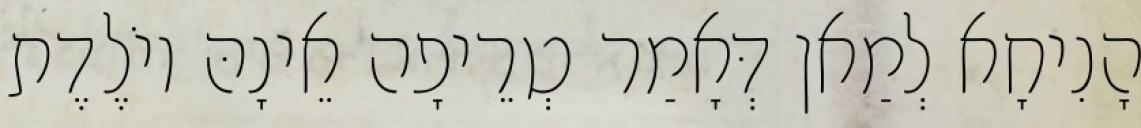
הָנִיחָא לְמַאן דְּאָמַר טְרֵיפָה אֵינָהּ יוֹלֶדֶת